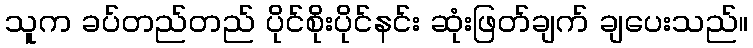
သူက ခပ်တည်တည် ပိုင်စိုးပိုင်နင်း ဆုံးဖြတ်ချက် ချပေးသည်။